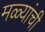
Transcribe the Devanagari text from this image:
मळ्यांची